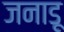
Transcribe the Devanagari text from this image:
जनाडू